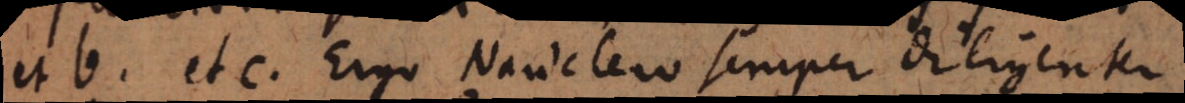
et b et c. Ergo Nauclero semper diligenter